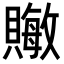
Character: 𬥧